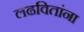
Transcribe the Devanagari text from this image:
लढवितांना